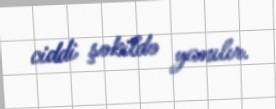
ciddi şəkildə yanılır.